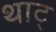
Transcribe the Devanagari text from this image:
थाट्